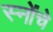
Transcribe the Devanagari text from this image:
स्नोंचे